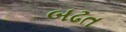
બઢત